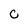
Character: C